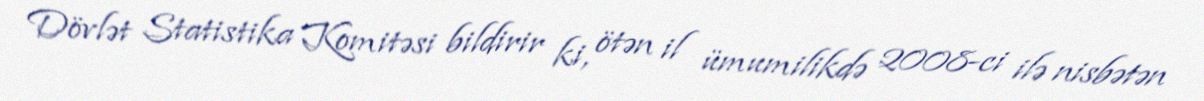
Dövlət Statistika Komitəsi bildirir ki, ötən il ümumilikdə 2008-ci ilə nisbətən